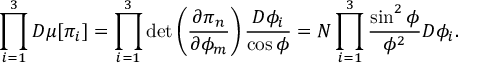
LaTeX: \prod _ { i = 1 } ^ { 3 } { \cal D } \mu [ \pi _ { i } ] = \prod _ { i = 1 } ^ { 3 } \operatorname * { d e t } \left( \frac { \partial \pi _ { n } } { \partial \phi _ { m } } \right) \frac { { \cal D } \phi _ { i } } { \cos \phi } = N \prod _ { i = 1 } ^ { 3 } \frac { \sin ^ { 2 } \phi } { \phi ^ { 2 } } { \cal D } \phi _ { i } .